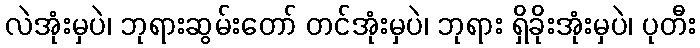
လဲအုံးမှပဲ၊ ဘုရားဆွမ်းတော် တင်အုံးမှပဲ၊ ဘုရား ရှိခိုးအုံးမှပဲ၊ ပုတီး